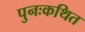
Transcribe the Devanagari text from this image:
पुनःकथित